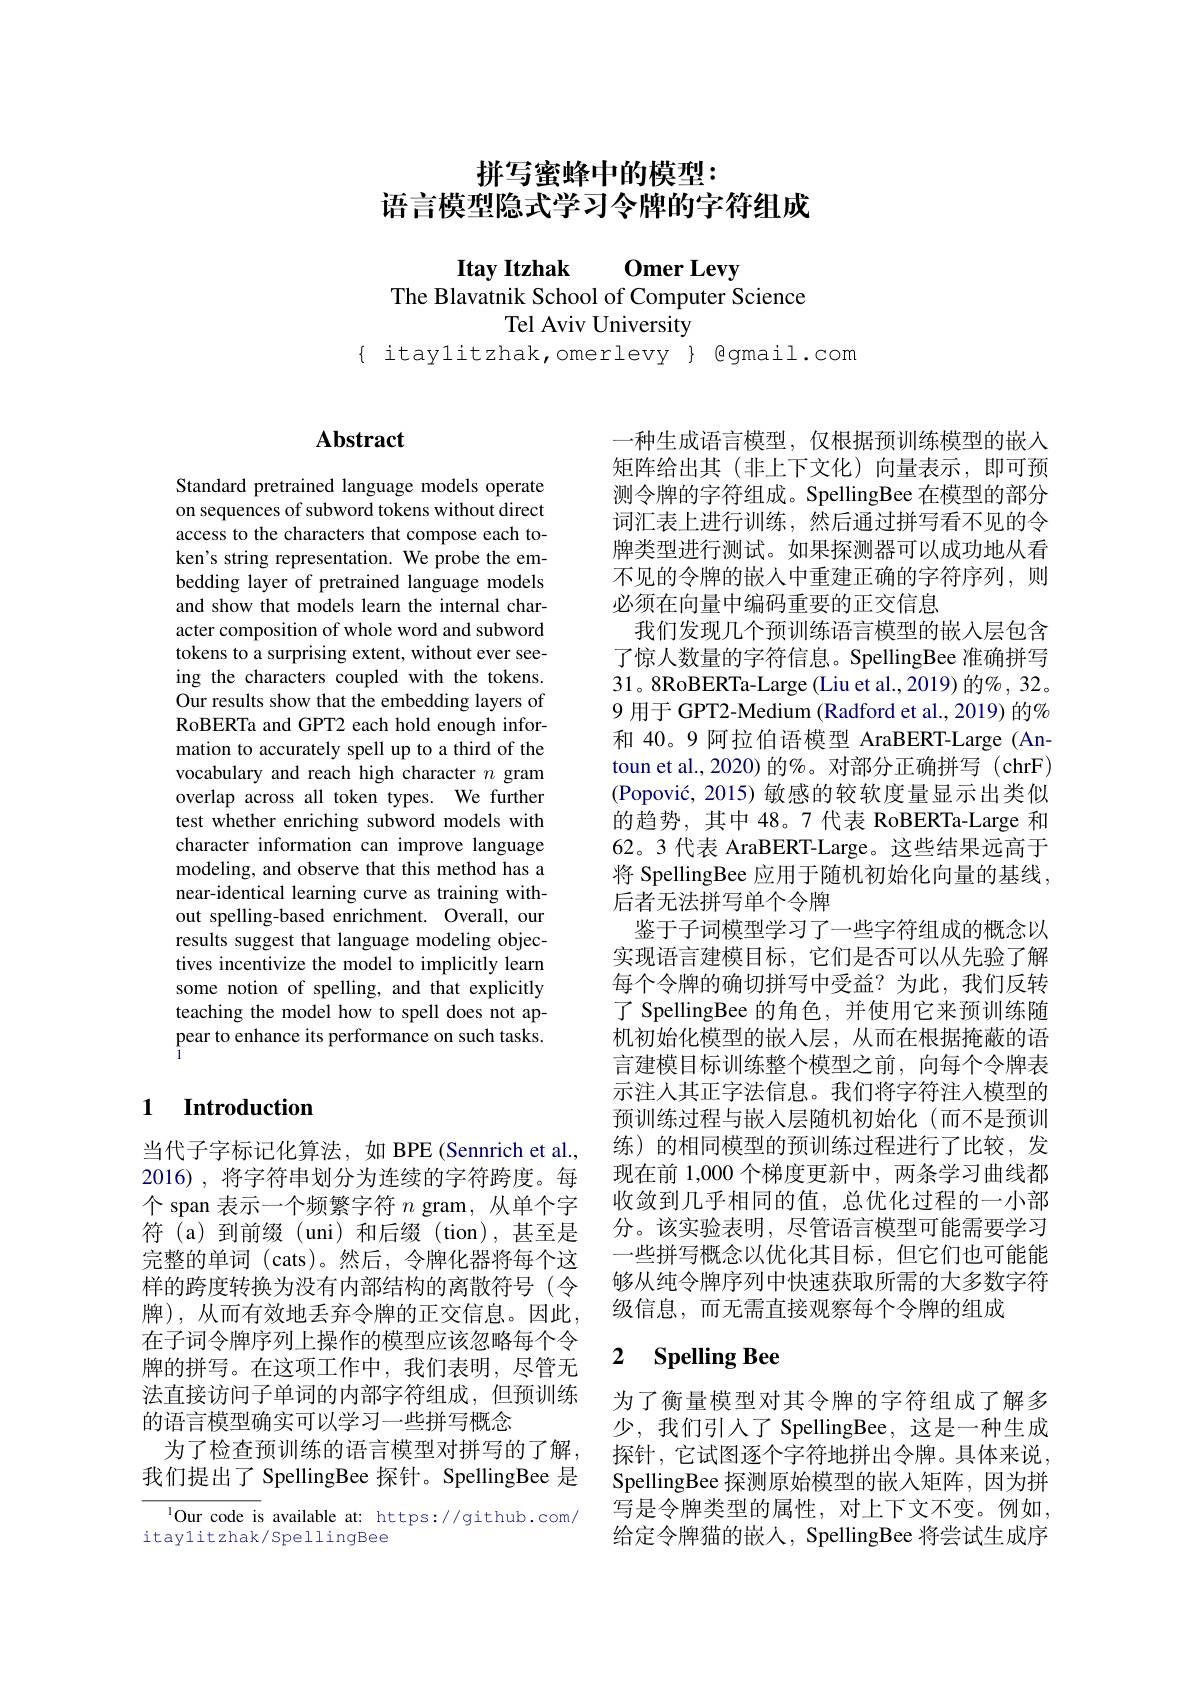
# 拼写蜜蜂中的模型： 语言模型隐式学习令牌的字符组成

Itay Itzhak Omer Levy
The Blavatnik School of Computer Science
Tel Aviv University
$\{$ itaylitzhak,omerlevy $\}$ gmail.com

## $\mathbf{Abstract}$

Standard pretrained language models operate on sequences of subword tokens without direct access to the characters that compose each token's string representation. We probe the embedding layer of pretrained language models and show that models learn the internal character composition of whole word and subword tokens to a surprising extent, without ever seeing the characters coupled with the tokens. Our results show that the embedding layers of RoBERTa and GPT2 each hold enough information to accurately spell up to a third of the vocabulary and reach high character $n$ gram overlap across all token types. We further test whether enriching subword models with character information can improve language modeling, and observe that this method has a near-identical learning curve as training without spelling-based enrichment. Overall, our results suggest that language modeling objectives incentivize the model to implicitly learn some notion of spelling, and that explicitly teaching the model how to spell does not appear to enhance its performance on such tasks.

## 1 Introduction

当代子字标记化算法，如 BPE(Sennrich et al., 2016),将字符串划分为连续的字符跨度。每个 span 表示一个频繁字符$n$ gram, 从单个字符 (a)到前缀 (uni)和后缀 (tion),甚至是完整的单词 (cats)。然后，令牌化器将每个这样的跨度转换为没有内部结构的离散符号(令牌),从而有效地丢弃令牌的正交信息。因此， 在子词令牌序列上操作的模型应该忽略每个令牌的拼写。在这项工作中，我们表明，尽管无法直接访问子单词的内部字符组成，但预训练的语言模型确实可以学习一些拼写概念
为了检查预训练的语言模型对拼写的了解， 我们提出了 SpellingBee 探针。SpellingBee 是

$^{1}$Our code is available at: https://github.com/
itaylitzhak/SpellingBee

一种生成语言模型，仅根据预训练模型的嵌入矩阵给出其(非上下文化)向量表示，即可预测令牌的字符组成。SpellingBee 在模型的部分词汇表上进行训练，然后通过拼写看不见的令牌类型进行测试。如果探测器可以成功地从看不见的令牌的嵌入中重建正确的字符序列，则必须在向量中编码重要的正交信息
我们发现几个预训练语言模型的嵌入层包含了惊人数量的字符信息。SpellingBee 准确拼写31。8RoBERTa-Large (Liu et al., 2019) 的% , 32。9 用于 GPT2-Medium (Radford et al., 2019) 的% 和 40。9 阿拉伯语模型 AraBERT-Large (Antoun et al.,2020) 的%。对部分正确拼写(chrF) (Popović, 2015) 敏感的较软度量显示出类似的趋势，其中 48。7 代表 RoBERTa-Large 和62。3 代表 AraBERT-Large。这些结果远高于将 SpellingBee 应用于随机初始化向量的基线， 后者无法拼写单个令牌
鉴于子词模型学习了一些字符组成的概念以实现语言建模目标，它们是否可以从先验了解每个令牌的确切拼写中受益？为此，我们反转了 SpellingBee 的角色，并使用它来预训练随机初始化模型的嵌入层，从而在根据掩蔽的语言建模目标训练整个模型之前，向每个令牌表示注人其正字法信息。我们将字符注入模型的预训练过程与嵌人层随机初始化(而不是预训练)的相同模型的预训练过程进行了比较，发现在前 1,000 个梯度更新中，两条学习曲线都收敛到几乎相同的值，总优化过程的一小部分。该实验表明，尽管语言模型可能需要学习一些拼写概念以优化其目标，但它们也可能能够从纯令牌序列中快速获取所需的大多数字符级信息，而无需直接观察每个令牌的组成

## 2 $\textbf{Spelling Bee}$

为了衡量模型对其令牌的字符组成了解多少，我们引入了 SpellingBee, 这是一种生成探针，它试图逐个字符地拼出令牌。具体来说， SpellingBee 探测原始模型的嵌入矩阵，因为拼写是令牌类型的属性，对上下文不变。例如， 给定令牌猫的嵌人，SpellingBee 将尝试生成序